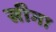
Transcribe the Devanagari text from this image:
सीगा